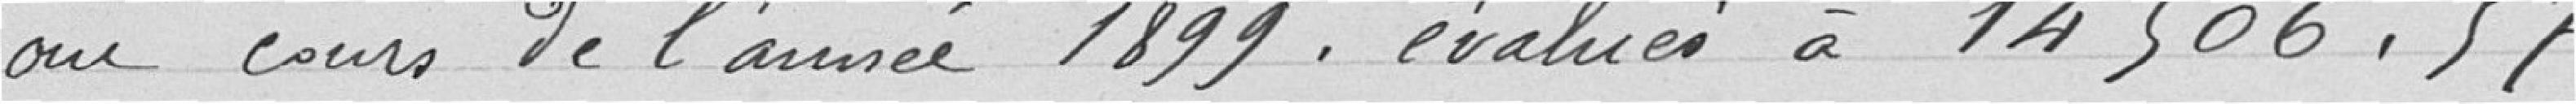
Au cours de l'année 1899 évalué à 14 506,57